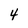
Character: 4